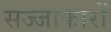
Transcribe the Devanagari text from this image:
सज्जाकारों